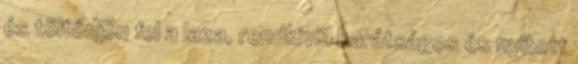
és töltődjön fel a laza, rendkívül barátságos és nyitott